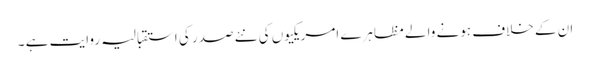
ان کے خلاف ہونے والے مظاہرے امریکیوں کی نئے صدر کی استقبالیہ روایت ہے ۔